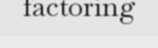
factoring